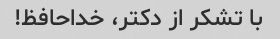
با تشکر از دکتر، خداحافظ!